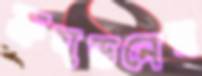
ক্রয়ডনের